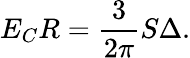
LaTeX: E_{C}R=\frac{3}{2\pi}S\Delta.